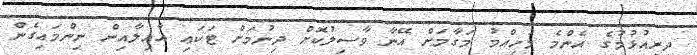
ދިރިއުޅުމުގެ އެންމެ މުހިއްމު މަގާމަށް އޭނާ ވާސިލުކޮށް ދިނުމަށް ޓަކައި އާއިލާއިން ނިންމައިގެން